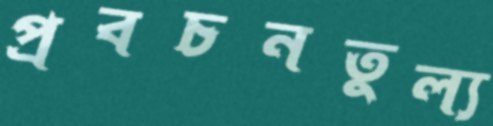
প্রবচনতুল্য